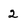
Character: 2